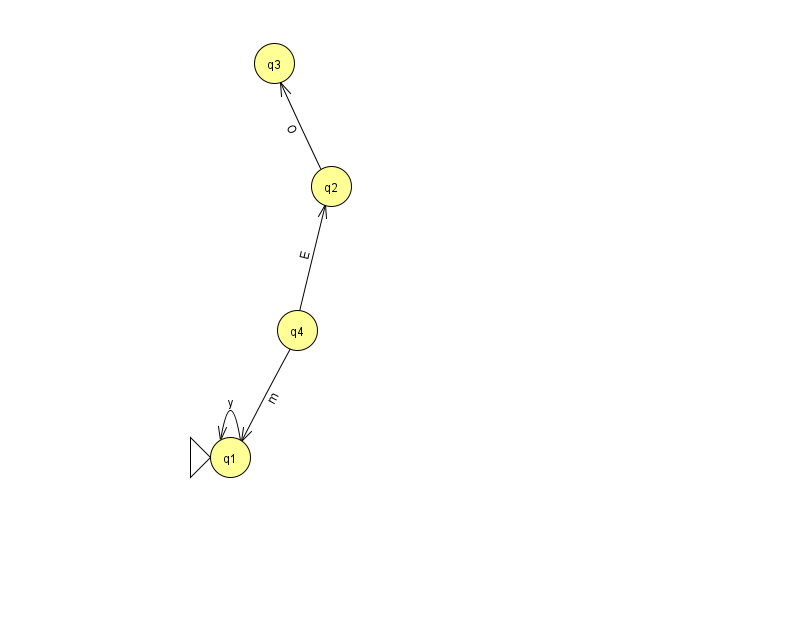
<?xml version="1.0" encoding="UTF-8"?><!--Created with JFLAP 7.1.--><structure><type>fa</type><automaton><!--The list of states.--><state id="1" name="q1"><x>230.0</x><y>444.0</y><initial/></state><state id="2" name="q2"><x>331.0</x><y>173.0</y></state><state id="3" name="q3"><x>274.0</x><y>50.0</y></state><state id="4" name="q4"><x>297.0</x><y>317.0</y></state><!--The list of transitions.--><transition><from>4</from><to>1</to><read>m</read></transition><transition><from>4</from><to>2</to><read>E</read></transition><transition><from>1</from><to>1</to><read>y</read></transition><transition><from>2</from><to>3</to><read>O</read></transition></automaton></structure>